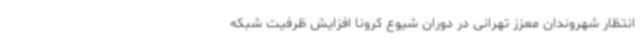
انتظار شهروندان معزز تهرانی در دوران شیوع کرونا افزایش ظرفیت شبکه